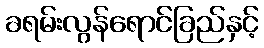
ခရမ်းလွန်ရောင်ခြည်နှင့်